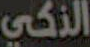
الذكي